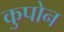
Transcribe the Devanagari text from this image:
कुपोन